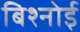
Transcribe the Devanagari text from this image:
बिश्‍नोई